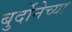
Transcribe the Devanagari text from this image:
बुर्दोनेच्या